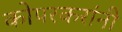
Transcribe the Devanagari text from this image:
कोपरकरांनी